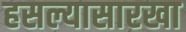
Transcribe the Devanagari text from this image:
हसल्यासारखा